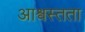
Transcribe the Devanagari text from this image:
आश्वस्तता